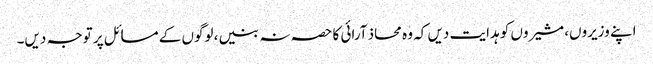
اپنے وزیروں، مشیروں کو ہدایت دیں کہ وہ محاذ آرائی کا حصہ نہ بنیں، لوگوں کے مسائل پر توجہ دیں۔